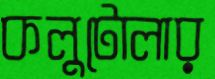
কলুটোলার